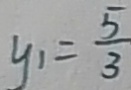
y _ { 1 } = \frac { 5 } { 3 }